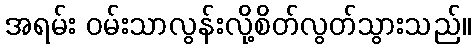
အရမ်း ဝမ်းသာလွန်းလို့စိတ်လွတ်သွားသည်။